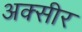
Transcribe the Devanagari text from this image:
अक्सीर